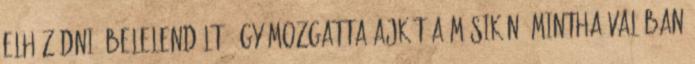
elhúzódni, belelendült. Úgy mozgatta ajkát a másikén, mintha valóban